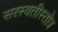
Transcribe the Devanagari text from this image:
सरस्वतीस्तोत्र